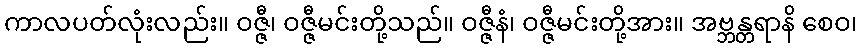
ကာလပတ်လုံးလည်း။ ဝဇ္ဇီ၊ ဝဇ္ဇီမင်းတို့သည်။ ဝဇ္ဇီနံ၊ ဝဇ္ဇီမင်းတို့အား။ အဗ္ဘန္တရာနိ စေဝ၊